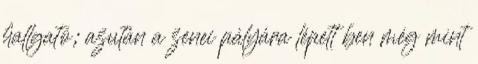
hallgató; azután a zenei pályára lépett ben még mint